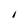
Character: I